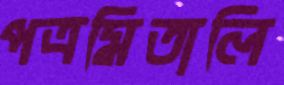
পত্রমিতালি